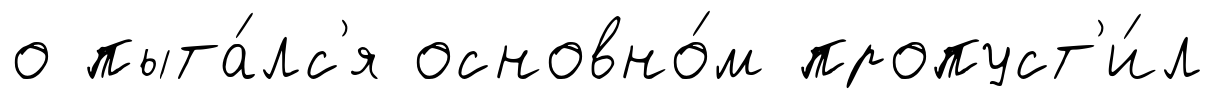
о пыта́лс'я основно́м пропуст'и́л